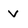
Character: v